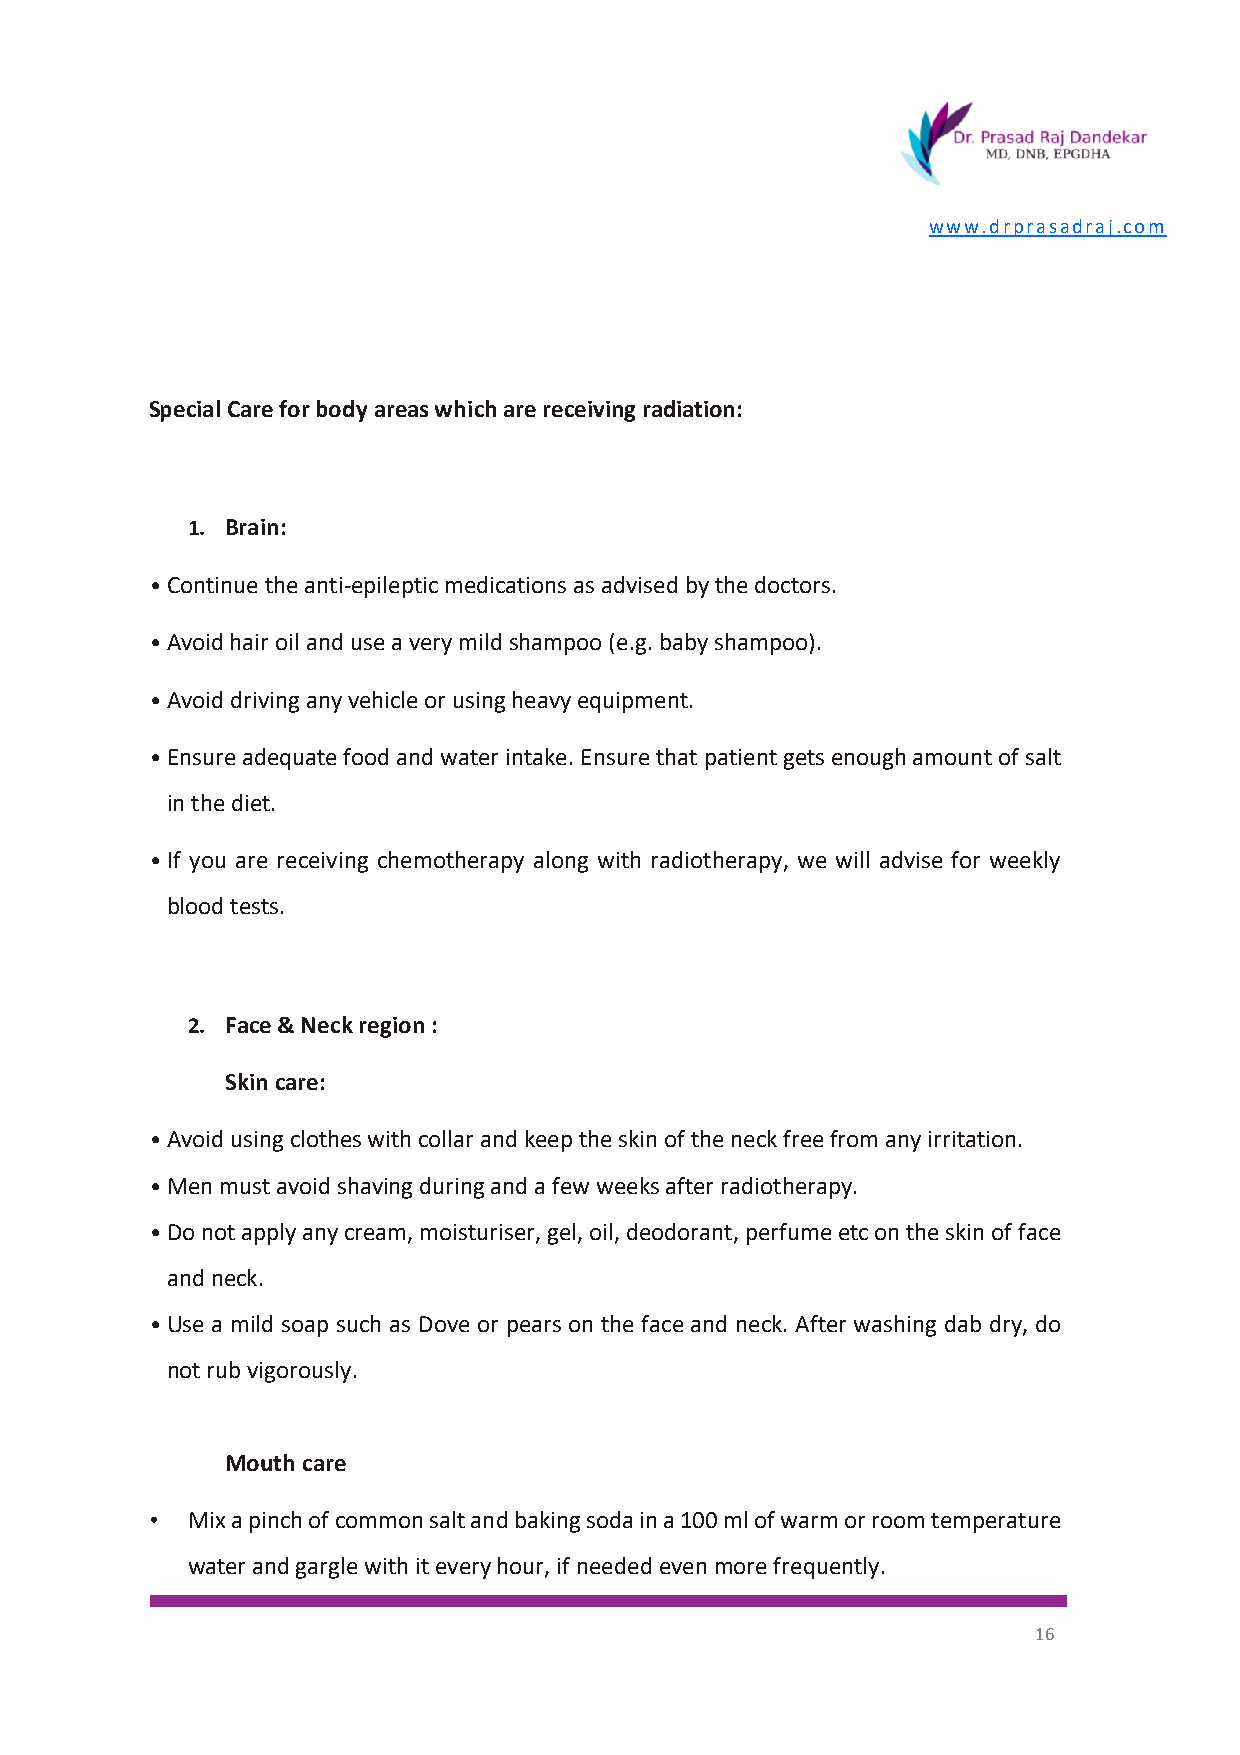
www.drprasadraj.com
 Special Care for body areas which are receiving radiation:
 1. Brain:
 • Continue the anti-epileptic medications as advised by the doctors.
 • Avoid hair oil and use a very mild shampoo (e.g. baby shampoo).
 • Avoid driving any vehicle or using heavy equipment.
 • Ensure adequate food and water intake. Ensure that patient gets enough amount of salt
 in the diet.
 • If you are receiving chemotherapy along with radiotherapy, we will advise for weekly
 blood tests.
 2. Face & Neck region :
 Skin care:
 • Avoid using clothes with collar and keep the skin of the neck free from any irritation.
 • Men must avoid shaving during and a few weeks after radiotherapy.
 • Do not apply any cream, moisturiser, gel, oil, deodorant, perfume etc on the skin of face
 and neck.
 • Use a mild soap such as Dove or pears on the face and neck. After washing dab dry, do
 not rub vigorously.
 Mouth care
 • Mix a pinch of common salt and baking soda in a 100 ml of warm or room temperature
 water and gargle with it every hour, if needed even more frequently.
 16